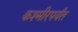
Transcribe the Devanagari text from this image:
कश्मीरपर्यंत